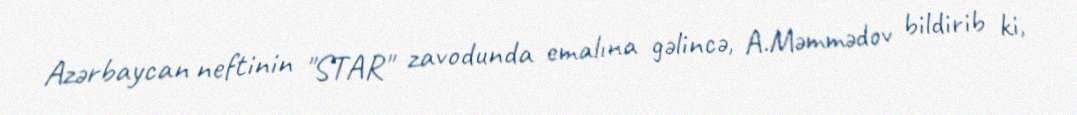
Azərbaycan neftinin "STAR" zavodunda emalına gəlincə, A.Məmmədov bildirib ki,